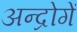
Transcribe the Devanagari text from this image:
अन्द्रोगें